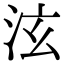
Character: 泫